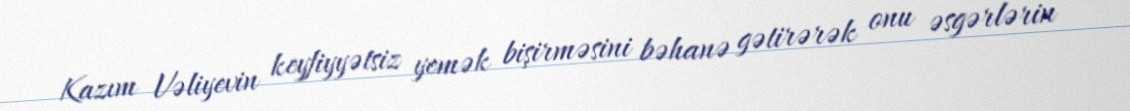
Kazım Vəliyevin keyfiyyətsiz yemək bişirməsini bəhanə gətirərək onu əsgərlərin